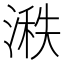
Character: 𪶵